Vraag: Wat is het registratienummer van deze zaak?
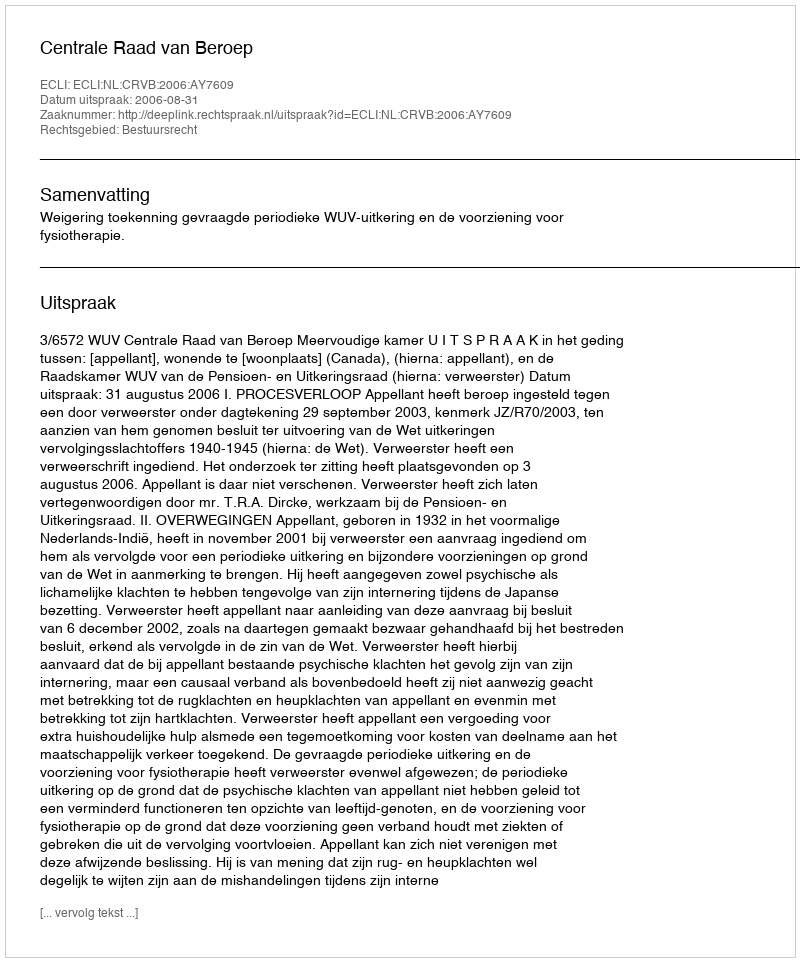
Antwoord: http://deeplink.rechtspraak.nl/uitspraak?id=ECLI:NL:CRVB:2006:AY7609